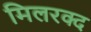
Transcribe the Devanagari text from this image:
मिलरक्द